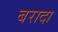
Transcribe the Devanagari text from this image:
बरादा